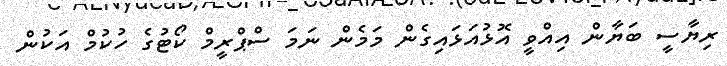
ރިޔާސީ ބަޔާން އިއްވީ އޮޅުއަޅައިގެން މަމެން ނަމަ ސްޕްރީމް ކޯޓުގެ ހުކުމް އަކުން